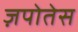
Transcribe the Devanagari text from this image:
ज़पोतेस